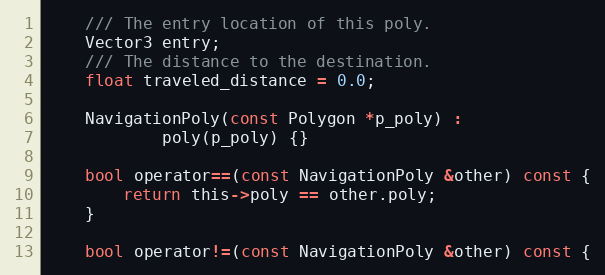
Language: C
	/// The entry location of this poly.
	Vector3 entry;
	/// The distance to the destination.
	float traveled_distance = 0.0;

	NavigationPoly(const Polygon *p_poly) :
			poly(p_poly) {}

	bool operator==(const NavigationPoly &other) const {
		return this->poly == other.poly;
	}

	bool operator!=(const NavigationPoly &other) const {